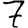
Digit: 7